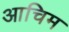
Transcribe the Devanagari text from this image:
आचिम